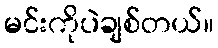
မင်းကိုပဲချစ်တယ်။